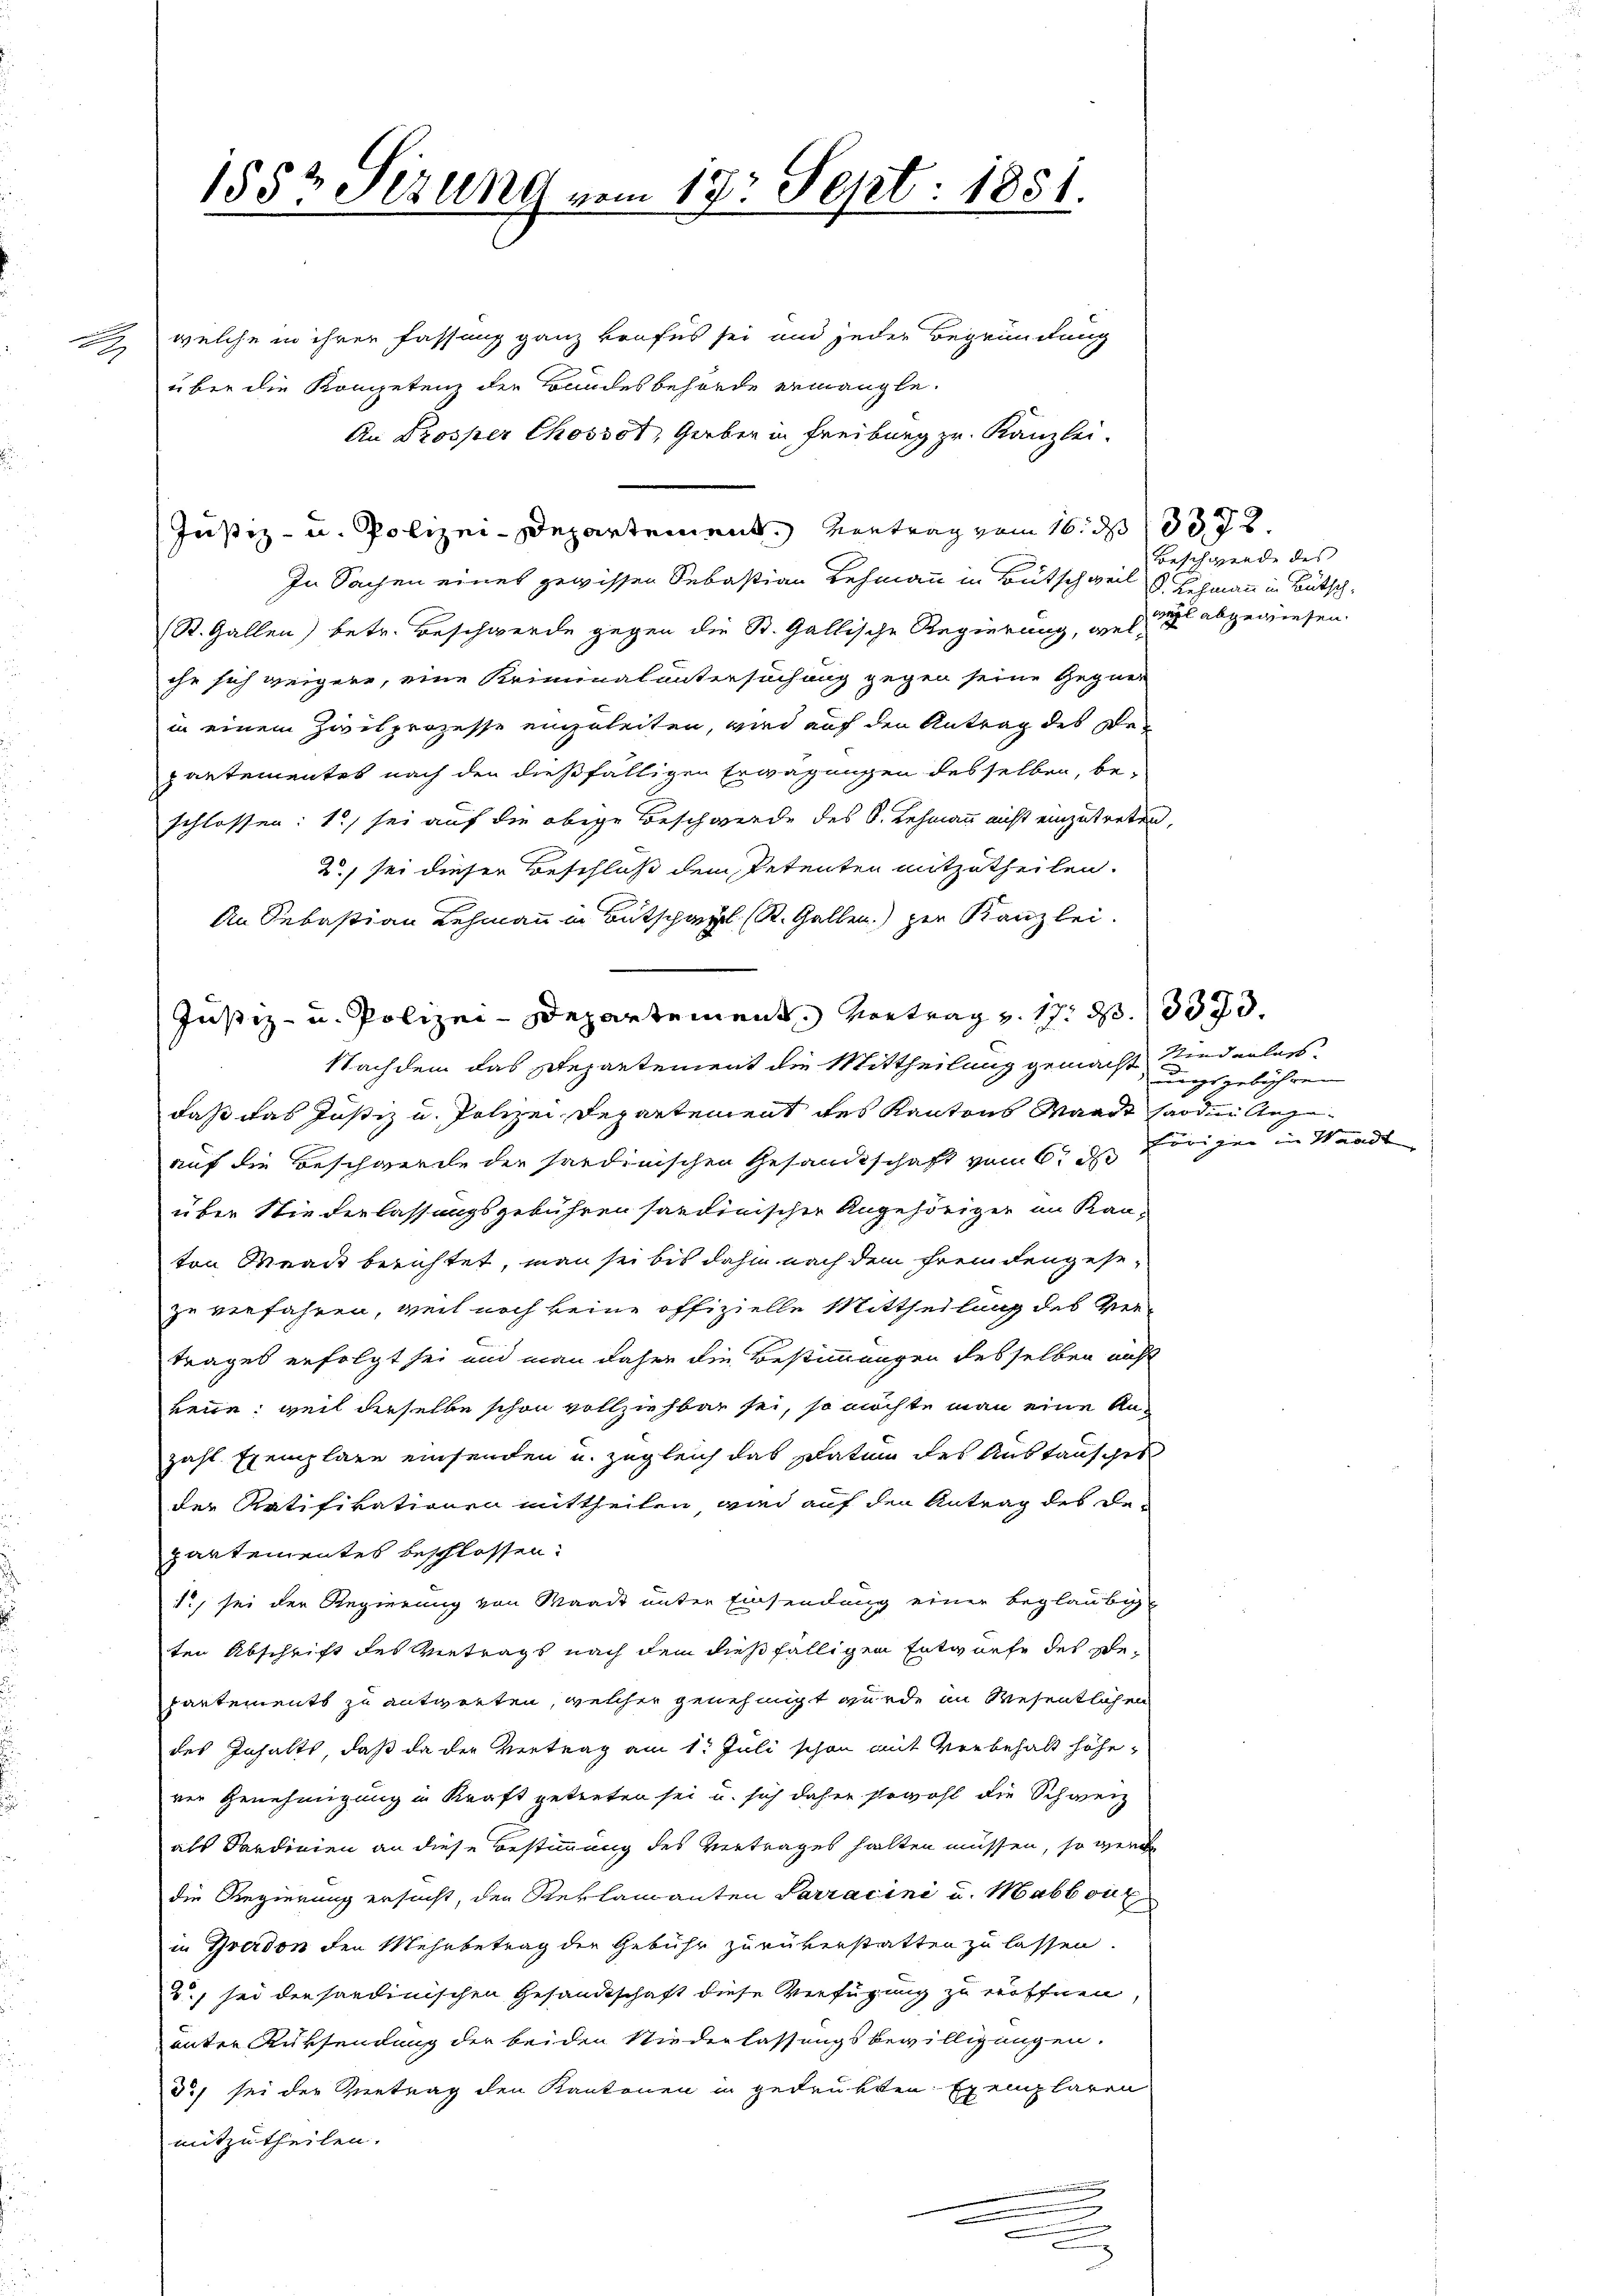
a

1883 Sizung vom 17. Sept. 1851.
welche in ihrer Fassung ganz krofes sei und jeder Begründung
über die Kompetenz der Bundesbehörde ermangle.

An Prosper Chossot, Gerber in Freiburg zr. Kanzlei.
Justiz- u. Polizei-Departement. Vertrag vom 16. d. 18372.
In Sachen eines gewissen Sebastian Lehmann in Bütschweil d. Schmann in Bütsch-
St. Gallen) betr. Beschwerde gegen die St. Gallische Regierung, wie abgewiesen.
ihe sich weigere, eine Kriminaluntersuchung gegen seine Gegner
in einem Zivilprozesse einzuleiten, wird auf den Antrag des Departementes nach den dießfälligen Erwägungen desselben, be-
schlossen: 1) sei auf die obige Beschwerde des S. Lehmann nicht einzutreten,
2) sei dieser Beschluß dem Petenten mitzutheilen.
An Sebastian Lehmann in Bütspapil (St. Gallen) per Kanzlei.
Justiz- u. Polizei-Departement Vortrag v. 17. d. 13333.
Nachdem das Departement die Mittheilung gemacht Riederlasdaß das Justiz u. Polizei-Departement des Kantons Waadt sonden Angeauf die Beschwerde der sardinischen Gesandtschaft vom 6t d
über Niederlassungsgebühren sardinischer Angehöriger im Kan-
ton Waadt berichtet, man sei bis dahin nach dem Fremdengesezu verfahren, weil noch keine offizielle Mittheilung des Vertrages erfolgt sei und man daher die Bestimmungen desselben nicht
keine; weil derselbe schon vollziehbar sei, so möchte man eine An-
zahl Exemplare einsenden u. zugleich das Datum des Austausches
der Ratifikationen mittheilen wird auf den Antrag des De-
partementes beschlossen:
I.) sei der Regierung von Waadt unter Einsendung einer beglaubig
ten Abschrift des Vertrags nach dem dießfälligen Entwurfe des Bepartements zu antworten, welcher genehmigt wurde in Wesentlichen
des Inhalts, daß da der Vertrag am 1. Juli schon mit Vorbehalt höhe
rer Genehmigung in Kraft getreten sei u. sich daher sowohl die Schweiz
als Sardinien an diese Bestimmung des Vertrages halten müssen, so werde
die Regierung ersucht, den Reklamanten Parracini u. Mabboux
in verdon den Mehrbetrag der Gebühr zurükerstatten zu lassen.
2) sei die sondinischen Gesandtschaft diese Verfügung zu eröffnen,
unter Rüksendung der beiden Niederlassungsbewilligungen.
3 sei der Betrag den Kantonen in gedrückten Exemplaren
mitzutheilen.

u
u

Beschwerde des

rungsgebühren |
Förigen in Waadt